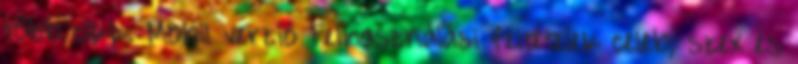
több cikk. Mobil verzió Felhasználási feltételek celeb, szex és